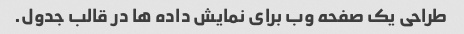
طراحی یک صفحه وب برای نمایش داده ها در قالب جدول.